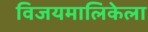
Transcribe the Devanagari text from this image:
विजयमालिकेला